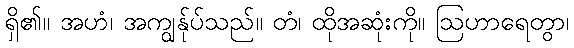
ရှိ၏။ အဟံ၊ အကျွန်ုပ်သည်။ တံ၊ ထိုအဆုံးကို။ ဩဟာရေတွာ၊